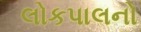
લોકપાલનો